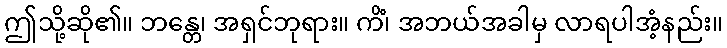
ဤသို့ဆို၏။ ဘန္တေ၊ အရှင်ဘုရား။ ကိံ၊ အဘယ်အခါမှ လာရပါအံ့နည်း။